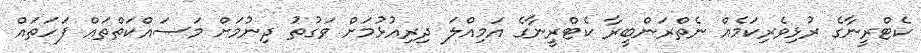
ކެޓްރީނާގެ ރުޅިވެރިކަމެއް ނެތްރަންބީރާ ކެޓްރީނާގެ އަމިއްލަ ދިރިއުޅުމަށް ވަގުތު ދިނުމަށް މަސައްކަތްތައް ފަހަތައް